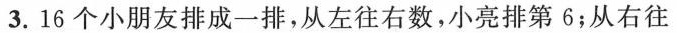
3. 16个小朋友排成一排，从左往右数，小亮排第 6；从右往